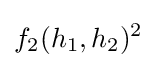
f_{2}(h_{1},h_{2})^{2}